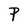
Character: P